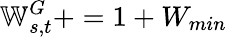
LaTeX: \mathbb{W}_{s,t}^{G}+=1+W_{min}